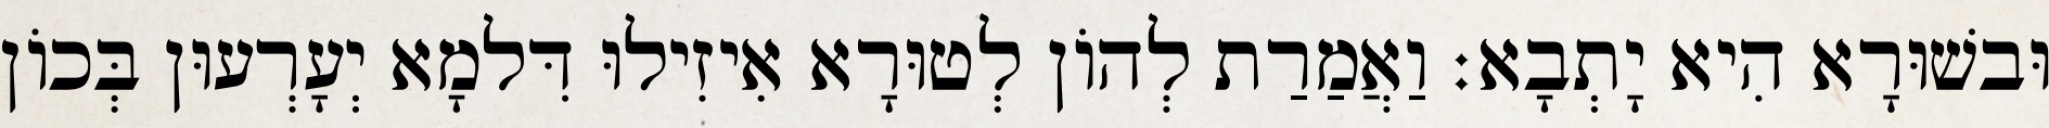
וּבשׁוּרָא הִיא יָתְבָא׃ וַאֲמַרַת לְהוֹן לְטוּרָא אִיזִילוּ דִּלמָא יְעָרְעוּן בְּכוֹן